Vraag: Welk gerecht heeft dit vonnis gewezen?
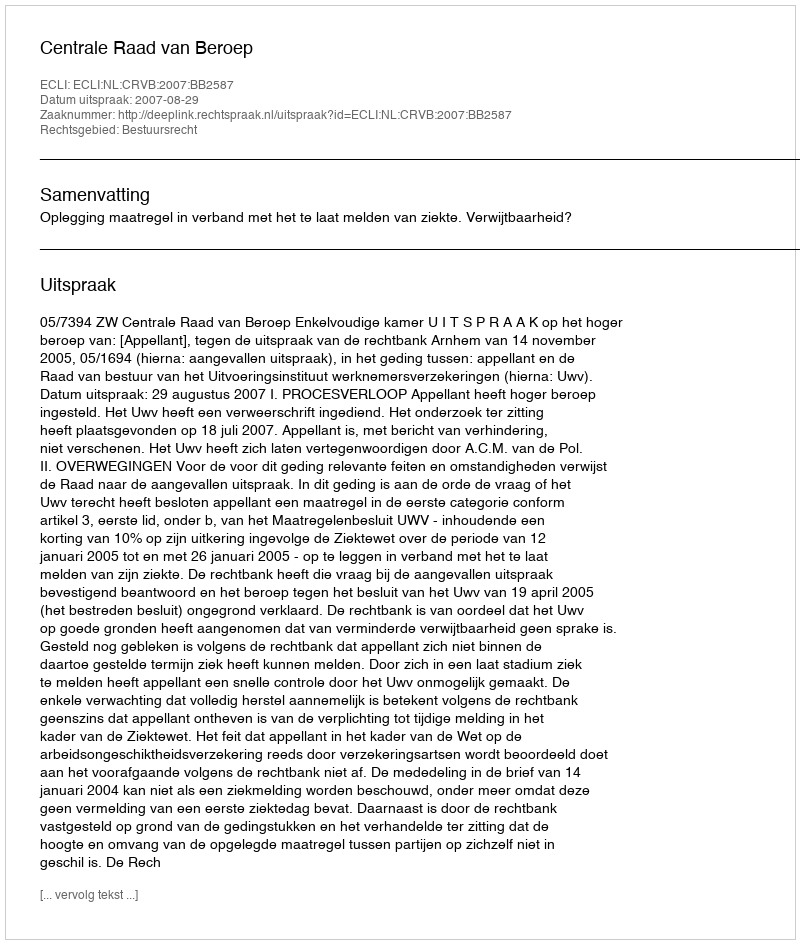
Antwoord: Centrale Raad van Beroep